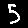
Digit: 5